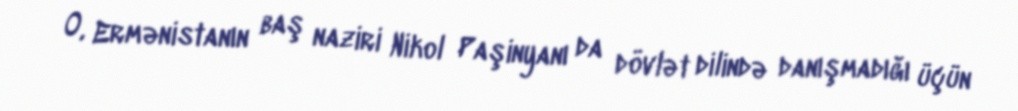
O, Ermənistanın baş naziri Nikol Paşinyanı da dövlət dilində danışmadığı üçün